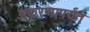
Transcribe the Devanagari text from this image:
अंकुरणापर्यंत